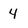
Character: 4